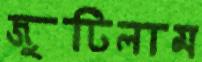
জুটিলাম